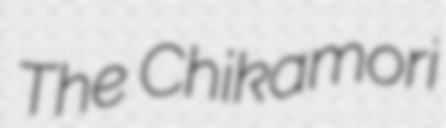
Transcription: The Chikamori